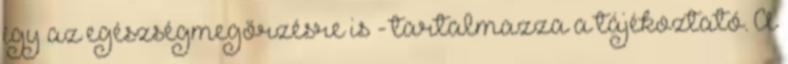
így az egészségmegőrzésre is - tartalmazza a tájékoztató. A